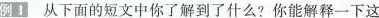
例一 从下面的短文中你了解到了什么?你能解释一下这